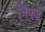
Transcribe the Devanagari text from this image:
निपजे